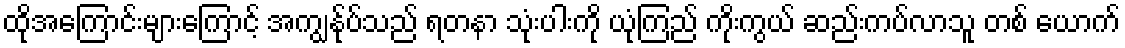
ထိုအကြောင်းများကြောင့် အကျွန်ုပ်သည် ရတနာ သုံးပါးကို ယုံကြည် ကိုးကွယ် ဆည်းကပ်လာသူ တစ် ယောက်